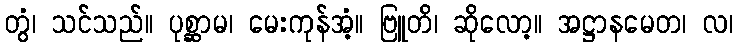
တွံ၊ သင်သည်။ ပုစ္ဆာမ၊ မေးကုန်အံ့။ ဗြူတိ၊ ဆိုလော့။ အဋ္ဌာနမေတ၊ လ၊